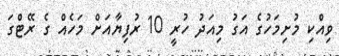
ވިއްކި މުށިމަހުގެ އަގު މިއަދު ހުރީ 10 ރުފިޔާއަށް މަހެއް ގެ ރޭޓްގަ